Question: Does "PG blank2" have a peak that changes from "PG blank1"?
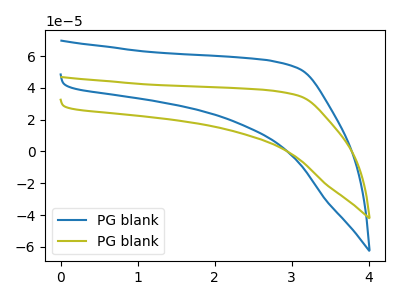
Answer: <think>The blue curve "PG blank1" has no peaks. The olive curve "PG blank2" has no peaks.
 Neither "PG blank2" or "PG blank1" have any peaks.</think>
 <answer>No, "PG blank2" and "PG blank1" don't appear to be significantly different in shape</answer>
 <eval>no_change</eval>